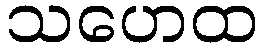
သဟေထ